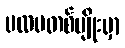
ပထမတစ်မျိုးမှာ